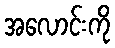
အလောင်းကို